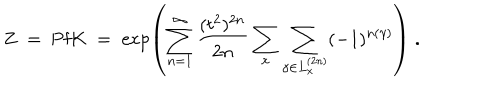
Z \; = \; \mathrm { P f } K \; = \; \exp \left( \sum _ { n = 1 } ^ { \infty } \frac { ( t ^ { 2 } ) ^ { 2 n } } { 2 n } \sum _ { x } \sum _ { \gamma \in L _ { x } ^ { ( 2 n ) } } ( - 1 ) ^ { n ( \gamma ) } \right) \; .